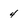
Character: 4